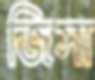
জিসা